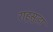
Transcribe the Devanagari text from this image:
राहूसुद्धा